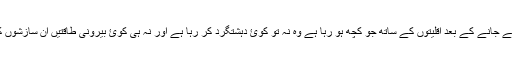
مگر قائداعظم کے جانے کے بعد اقلیتوں کے ساتھ جو کچھ ہو رہا ہے وہ نہ تو کوئ دہشتگرد کر رہا ہے اور نہ ہی کوئ بیرونی طاقتیں ان سازشوں کے پیچھے ہیں۔